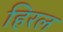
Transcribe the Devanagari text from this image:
हिरल